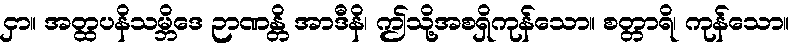
ငှာ။ အတ္ထပနိသမ္ဘိဒေ ဉာဏန္တိ အာဒီနိ၊ ဤသို့အစရှိကုန်သော။ စတ္တာရိ၊ ကုန်သော။